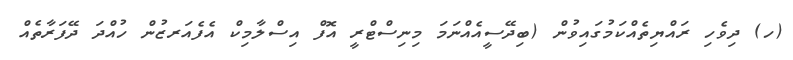
(ހ) ދިވެހި ރައްޔިތެއްކަމުގައިވުން (ބިދޭސީއެއްނަމަ މިނިސްޓްރީ އޮފް އިސްލާމިކް އެފެއަރޒުން ހުއްދަ ދޭފަރާތެއް